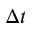
\Delta t